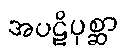
အပဋိပုစ္ဆာ